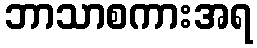
ဘာသာစကားအရ